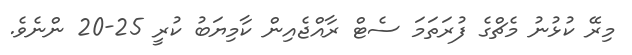
މިރޭ ކުޅުނު މެޗްގެ ފުރަތަމަ ސެޓް ރާއްޖެއިން ކާމިޔަބު ކުރީ 25-20 ންނެވެ.